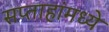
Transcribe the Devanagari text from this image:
सप्ताहांमध्ये